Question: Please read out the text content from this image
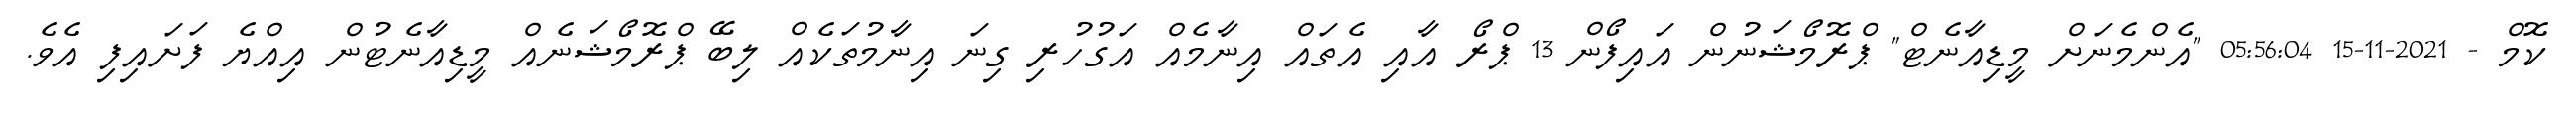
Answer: ކޮމް - 2021-11-15 05:56:04 "އެންމެނަށް މީޑިއާނެޓް" ޕްރޮމޯޝަނުން އައިފޯން 13 ޕްރޯ އާއި އެތައް އިނާމެއް އަގުހުރި ގިނަ އިނާމުތަކެއް ލިބޭ ޕްރޮމޯޝަނެއް މީޑިއާނެޓުން އިއްޔެ ފަށައިފި އެވެ.